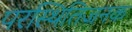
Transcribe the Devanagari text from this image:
परस्थितिजनक